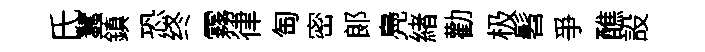
氏蠶鎮恐终霧律匋密郞鳧緖勸极髫爭醮設